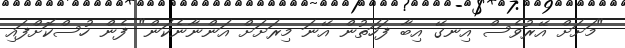
"މަށަށް އޭރުވެސް އިނގޭ އިބާ ފަހަތުން އޭނަ މިރަށަށް އަންނާނެކަން" ފެން ހުސްކޮށްފައި